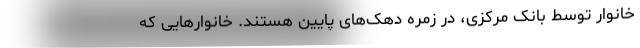
خانوار توسط بانک مرکزی، در زمره دهک‌های پایین هستند. خانوارهایی که